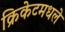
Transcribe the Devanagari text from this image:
क्रिकेटमधले